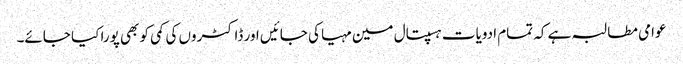
عوامی مطالبہ ہے کہ تمام ادویات ہسپتال مین مہیا کی جائیں اور ڈاکٹروں کی کمی کو بھی پورا کیا جائے۔